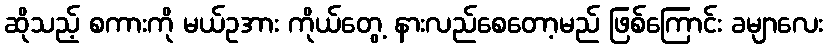
ဆိုသည့် စကားကို မယ်ဥအား ကိုယ်တွေ့ နားလည်စေတော့မည် ဖြစ်ကြောင်း ခမျာလေး